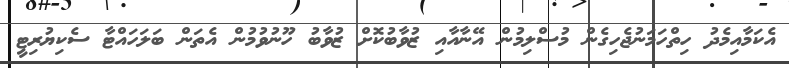
އެކަމާއިމެދު ހިތްހަމަނުޖެހިގެން މުސްލިމުން އޭނާއާއި ޒުވާބުކޮށް ޒުވާބު ހޫނުވުމުން އެތަން ބަލަހައްޓާ ސެކިޔުރިޓީ